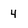
Character: 4